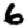
Digit: 6